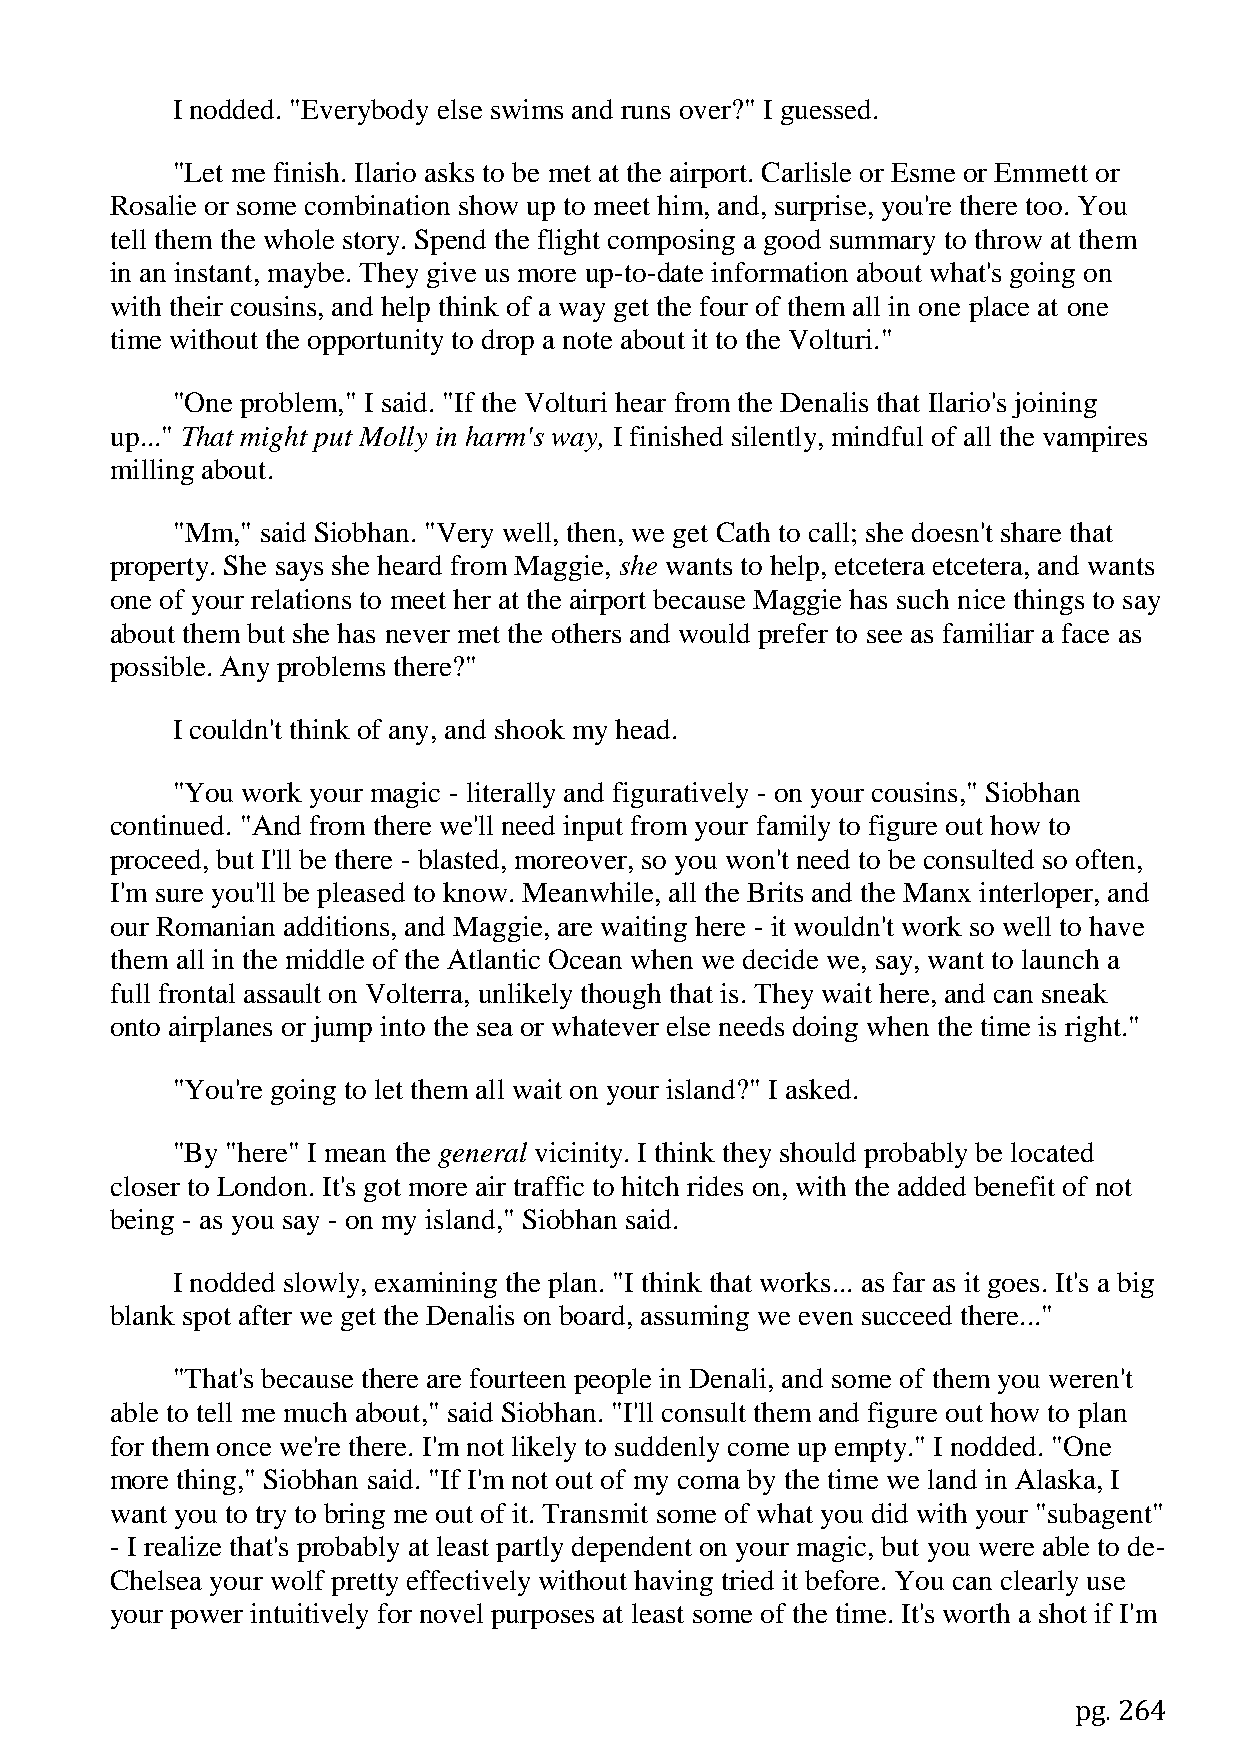
I nodded. "Everybody else swims and runs over?" I guessed.
 "Let me finish. Ilario asks to be met at the airport. Carlisle or Esme or Emmett or
 Rosalie or some combination show up to meet him, and, surprise, you're there too. You
 tell them the whole story. Spend the flight composing a good summary to throw at them
 in an instant, maybe. They give us more up-to-date information about what's going on
 with their cousins, and help think of a way get the four of them all in one place at one
 time without the opportunity to drop a note about it to the Volturi."
 "One problem," I said. "If the Volturi hear from the Denalis that Ilario's joining
 up..." That might put Molly in harm's way, I finished silently, mindful of all the vampires
 milling about.
 "Mm," said Siobhan. "Very well, then, we get Cath to call; she doesn't share that
 property. She says she heard from Maggie, she wants to help, etcetera etcetera, and wants
 one of your relations to meet her at the airport because Maggie has such nice things to say
 about them but she has never met the others and would prefer to see as familiar a face as
 possible. Any problems there?"
 I couldn't think of any, and shook my head.
 "You work your magic - literally and figuratively - on your cousins," Siobhan
 continued. "And from there we'll need input from your family to figure out how to
 proceed, but I'll be there - blasted, moreover, so you won't need to be consulted so often,
 I'm sure you'll be pleased to know. Meanwhile, all the Brits and the Manx interloper, and
 our Romanian additions, and Maggie, are waiting here - it wouldn't work so well to have
 them all in the middle of the Atlantic Ocean when we decide we, say, want to launch a
 full frontal assault on Volterra, unlikely though that is. They wait here, and can sneak
 onto airplanes or jump into the sea or whatever else needs doing when the time is right."
 "You're going to let them all wait on your island?" I asked.
 "By "here" I mean the general vicinity. I think they should probably be located
 closer to London. It's got more air traffic to hitch rides on, with the added benefit of not
 being - as you say - on my island," Siobhan said.
 I nodded slowly, examining the plan. "I think that works... as far as it goes. It's a big
 blank spot after we get the Denalis on board, assuming we even succeed there..."
 "That's because there are fourteen people in Denali, and some of them you weren't
 able to tell me much about," said Siobhan. "I'll consult them and figure out how to plan
 for them once we're there. I'm not likely to suddenly come up empty." I nodded. "One
 more thing," Siobhan said. "If I'm not out of my coma by the time we land in Alaska, I
 want you to try to bring me out of it. Transmit some of what you did with your "subagent"
 - I realize that's probably at least partly dependent on your magic, but you were able to de-
 Chelsea your wolf pretty effectively without having tried it before. You can clearly use
 your power intuitively for novel purposes at least some of the time. It's worth a shot if I'm
 pg. 264